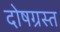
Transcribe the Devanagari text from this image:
दोषग्रस्त